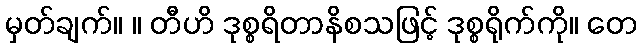
မှတ်ချက်။ ။ တီဟိ ဒုစ္စရိတာနိစသဖြင့် ဒုစ္စရိုက်ကို။ တေ